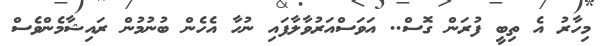
މިހާރު އެ ތިބީ ފުރަން ގޮސް.. އަވަސްއަރުވާލާފައި ނުހާ އެހެން ބުނުމުން ރައިޝާމެންވެސް